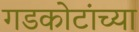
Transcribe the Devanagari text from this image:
गडकोटांच्या